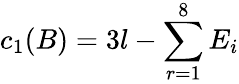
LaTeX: c_{1}(B)=3l-\sum_{r=1}^{8}E_{i}